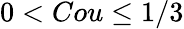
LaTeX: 0<Cou\le 1/3